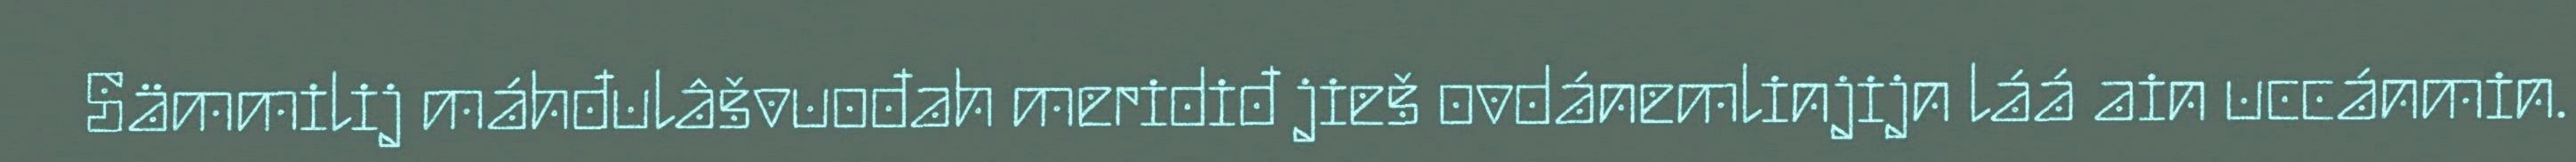
Sämmilij máhđulâšvuođah meridiđ jieš ovdánemlinjijn láá ain uccánmin.